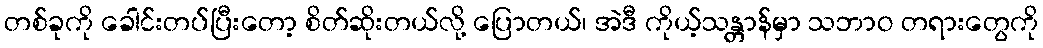
တစ်ခုကို ခေါင်းတပ်ပြီးတော့ စိတ်ဆိုးတယ်လို့ ပြောတယ်၊ အဲဒီ ကိုယ့်သန္တာန်မှာ သဘာဝ တရားတွေကို